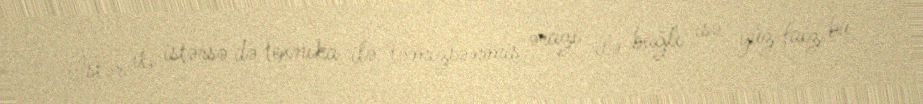
İstər it, istərsə də texnika ilə təmizlənmiş ərazi ilə bağlı isə yüz faiz bu